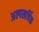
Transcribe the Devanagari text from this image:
अल्पखर्चिक